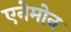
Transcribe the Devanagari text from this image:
एनेमोन